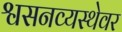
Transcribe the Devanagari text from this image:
श्वसनव्यस्थेवर